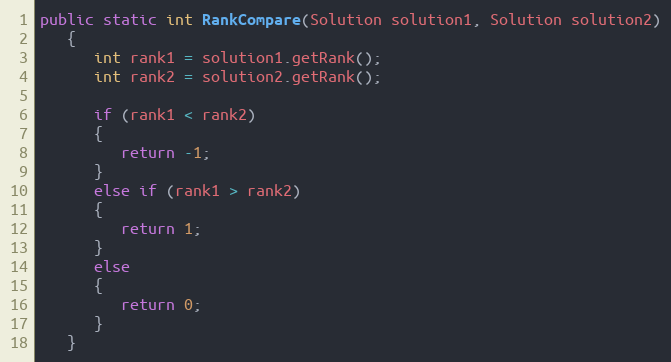
Language: Java
public static int RankCompare(Solution solution1, Solution solution2)
   {
      int rank1 = solution1.getRank();
      int rank2 = solution2.getRank();

      if (rank1 < rank2)
      {
         return -1;
      }
      else if (rank1 > rank2)
      {
         return 1;
      }
      else
      {
         return 0;
      }
   }